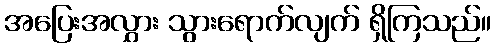
အပြေးအလွှား သွားရောက်လျက် ရှိကြသည်။